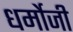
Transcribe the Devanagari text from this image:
धर्मोजी